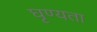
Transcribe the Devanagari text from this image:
घृण्यता